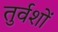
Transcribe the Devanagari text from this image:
तुर्वशों